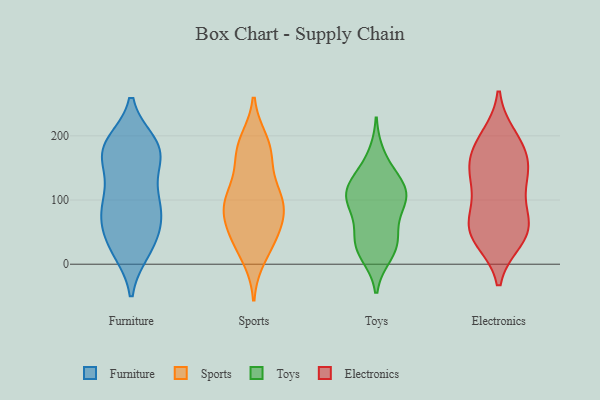
{"axis": {"x": "Humidity (%)", "y": "Value"}, "legend": ["Electronics", "Furniture", "Sports", "Toys"], "data": [{"x": "", "y": 181, "type": "Furniture"}, {"x": "", "y": 175, "type": "Furniture"}, {"x": "", "y": 178, "type": "Furniture"}, {"x": "", "y": 92, "type": "Furniture"}, {"x": "", "y": 147, "type": "Furniture"}, {"x": "", "y": 21, "type": "Furniture"}, {"x": "", "y": 69, "type": "Furniture"}, {"x": "", "y": 25, "type": "Furniture"}, {"x": "", "y": 25, "type": "Furniture"}, {"x": "", "y": 170, "type": "Furniture"}, {"x": "", "y": 89, "type": "Furniture"}, {"x": "", "y": 176, "type": "Furniture"}, {"x": "", "y": 188, "type": "Furniture"}, {"x": "", "y": 60, "type": "Furniture"}, {"x": "", "y": 75, "type": "Furniture"}, {"x": "", "y": 34, "type": "Furniture"}, {"x": "", "y": 107, "type": "Furniture"}, {"x": "", "y": 188, "type": "Furniture"}, {"x": "", "y": 81, "type": "Furniture"}, {"x": "", "y": 123, "type": "Furniture"}, {"x": "", "y": 93, "type": "Sports"}, {"x": "", "y": 13, "type": "Sports"}, {"x": "", "y": 99, "type": "Sports"}, {"x": "", "y": 44, "type": "Sports"}, {"x": "", "y": 34, "type": "Sports"}, {"x": "", "y": 90, "type": "Sports"}, {"x": "", "y": 179, "type": "Sports"}, {"x": "", "y": 172, "type": "Sports"}, {"x": "", "y": 114, "type": "Sports"}, {"x": "", "y": 190, "type": "Sports"}, {"x": "", "y": 45, "type": "Sports"}, {"x": "", "y": 113, "type": "Sports"}, {"x": "", "y": 76, "type": "Sports"}, {"x": "", "y": 78, "type": "Sports"}, {"x": "", "y": 172, "type": "Sports"}, {"x": "", "y": 101, "type": "Toys"}, {"x": "", "y": 98, "type": "Toys"}, {"x": "", "y": 15, "type": "Toys"}, {"x": "", "y": 41, "type": "Toys"}, {"x": "", "y": 20, "type": "Toys"}, {"x": "", "y": 169, "type": "Toys"}, {"x": "", "y": 41, "type": "Toys"}, {"x": "", "y": 120, "type": "Toys"}, {"x": "", "y": 113, "type": "Toys"}, {"x": "", "y": 35, "type": "Toys"}, {"x": "", "y": 129, "type": "Toys"}, {"x": "", "y": 133, "type": "Toys"}, {"x": "", "y": 95, "type": "Toys"}, {"x": "", "y": 88, "type": "Toys"}, {"x": "", "y": 183, "type": "Electronics"}, {"x": "", "y": 53, "type": "Electronics"}, {"x": "", "y": 130, "type": "Electronics"}, {"x": "", "y": 197, "type": "Electronics"}, {"x": "", "y": 65, "type": "Electronics"}, {"x": "", "y": 185, "type": "Electronics"}, {"x": "", "y": 39, "type": "Electronics"}, {"x": "", "y": 73, "type": "Electronics"}, {"x": "", "y": 106, "type": "Electronics"}, {"x": "", "y": 146, "type": "Electronics"}, {"x": "", "y": 48, "type": "Electronics"}, {"x": "", "y": 146, "type": "Electronics"}, {"x": "", "y": 154, "type": "Electronics"}, {"x": "", "y": 46, "type": "Electronics"}]}